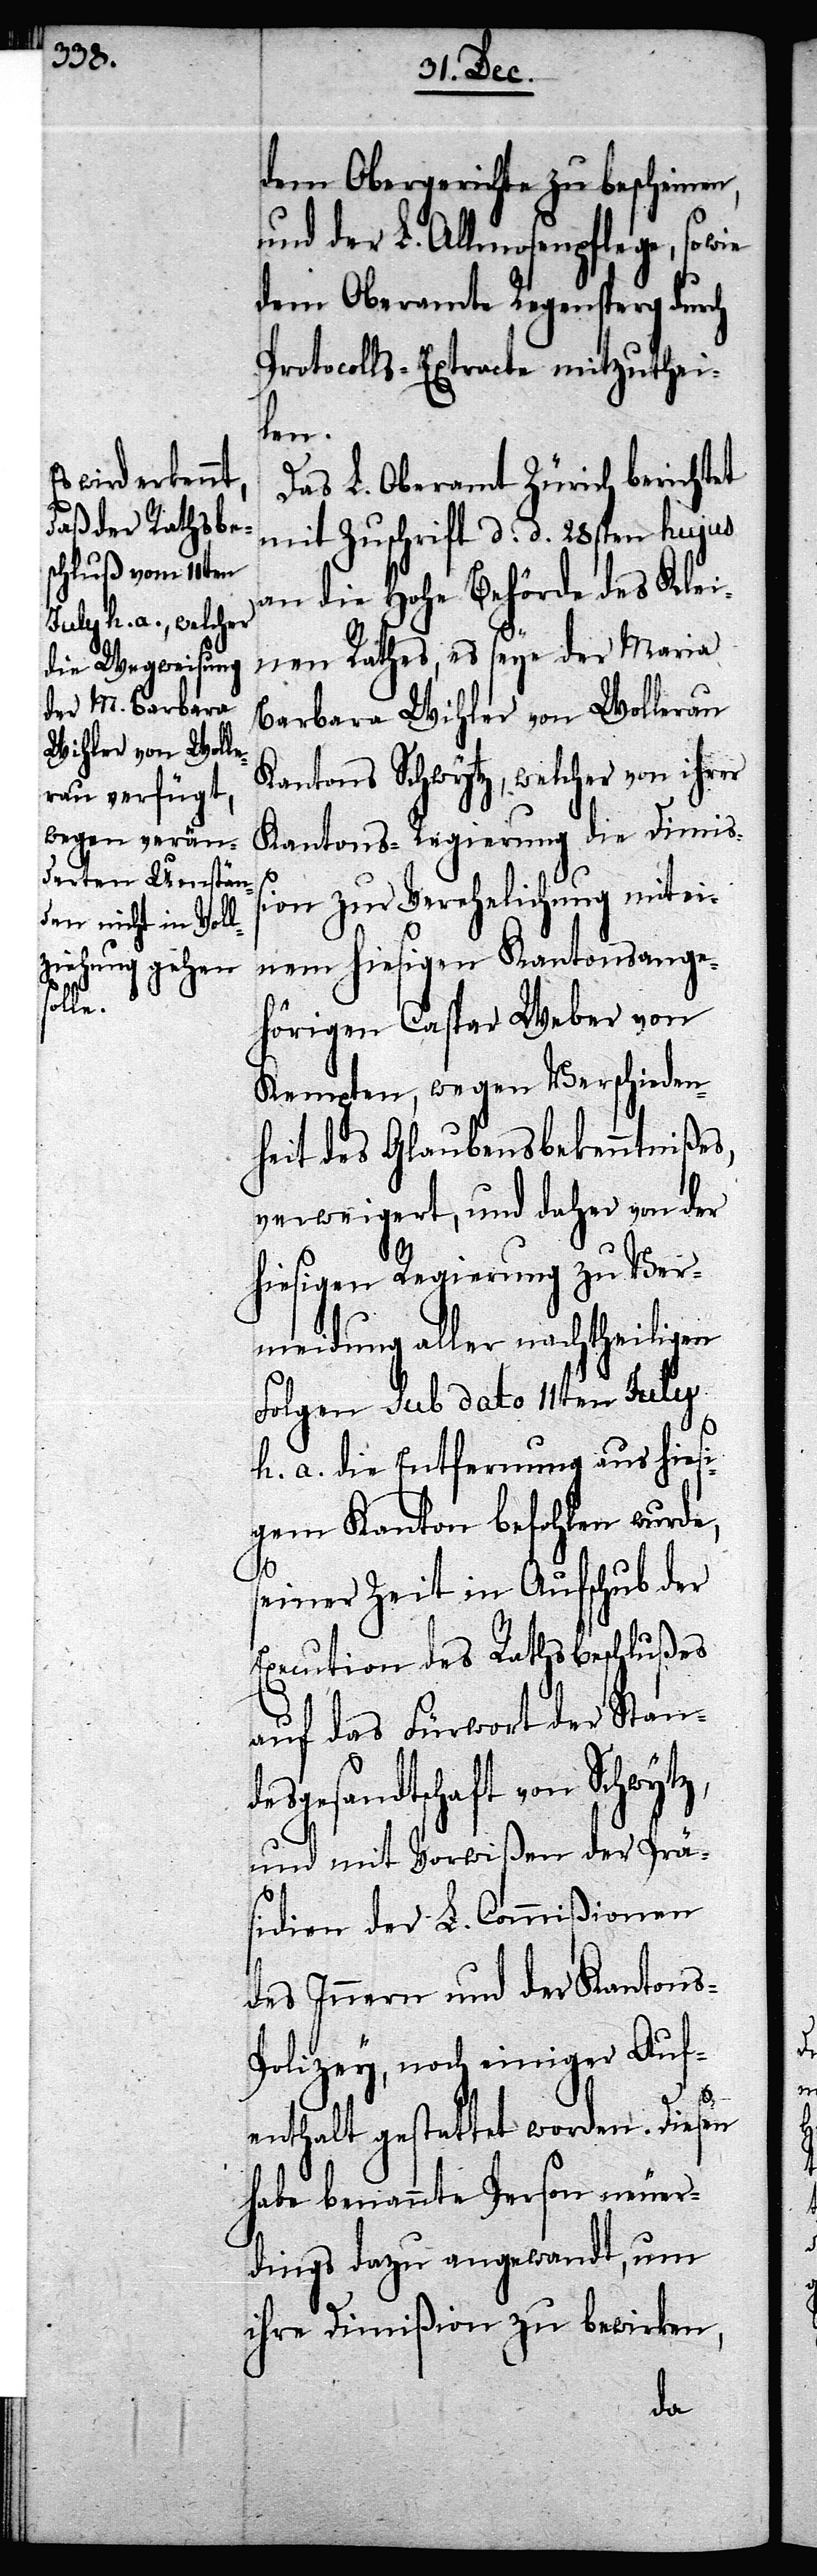
s-P¬

dem Obergerichte zu bescheinen,
und der L. Allmosenpflege, so wie
dem Oberamte Regensperg durch
Protocolls-Extracte mitzuthei¬
len.
Das L. Oberamt Zürich berichtet
mit Zuschrift d. d. 28sten hujus
an die Hohe Behörde des Klei¬
nen Rathes, es seye der Maria
Barbara Wihler von Wollerau
Kantons Schwytz, welcher von ihrer
Kantons-Regierung die Dimiß¬
ion zur Verehelichung mit ei¬
nem hiesigen Kantonsange¬
hörigen Caspar Weber von
Kempten, wegen Verschieden¬
heit des Glaubensbekenntnißes,
verweigert, und daher von der
hiesigen Regierung zu Ver¬
meidung aller nachtheiligen
Folgen sub dato 11ten July
h. a. die Entfernung aus hiesi¬
gem Kanton befohlen wurde,
seiner Zeit in Aufschub der
Execution des Rathsbeschlußes
auf das Fürwort der Stande¬
sgesandtschaft von Schwytz,
und mit Vorwißen der Prä¬
sidien der L. Commißionen
des Innern und der Kanton¬
olizey, noch einiger Auf¬
enthalt gestattet worden. Diesen
habe benannte Person neuer¬
dings dazu angewandt, um
ihre Dimißion zu bewirken,